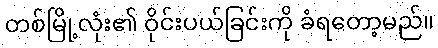
တစ်မြို့လုံး၏ ဝိုင်းပယ်ခြင်းကို ခံရတော့မည်။